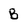
Character: B